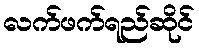
လက်ဖက်ရည်ဆိုင်